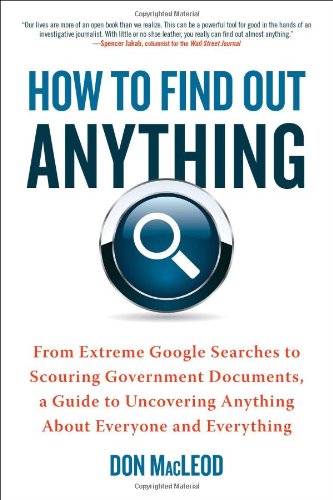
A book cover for How to Find Out Anything: From Extreme Google Searches to Scouring Government Documents, a Guide to Uncove ring Anything About Everyone and Everything; Don MacLeod; Reference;